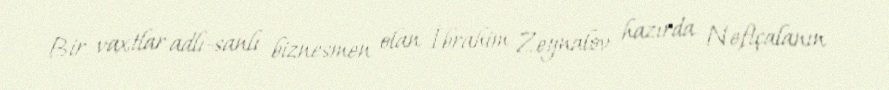
Bir vaxtlar adlı-sanlı biznesmen olan İbrahim Zeynalov hazırda Neftçalanın